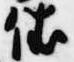
依